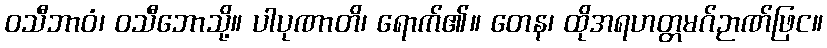
ဝသီဘာဝံ၊ ဝသီဘောသို့။ ပါပုဏာတိ၊ ရောက်၏။ တေန၊ ထိုအရဟတ္တမဂ်ဉာဏ်ဖြင။